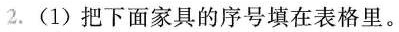
2.(1)把下面家具的序号填在表格里。